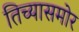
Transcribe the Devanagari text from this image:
तिच्यासमोर